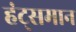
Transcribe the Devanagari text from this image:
हंट्समान